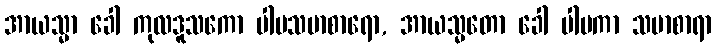
အာယသ္မာ ခေါ ကုလဒူသကော ပါပသမာစာရော, အာယသ္မတော ခေါ ပါပကာ သမာစာရာ